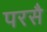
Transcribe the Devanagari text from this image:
परसै